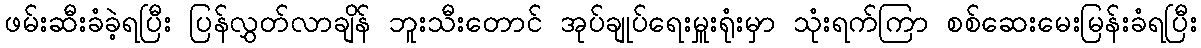
ဖမ်းဆီးခံခဲ့ရပြီး ပြန်လွှတ်လာချိန် ဘူးသီးတောင် အုပ်ချုပ်ရေးမှူးရုံးမှာ သုံးရက်ကြာ စစ်ဆေးမေးမြန်းခံရပြီး